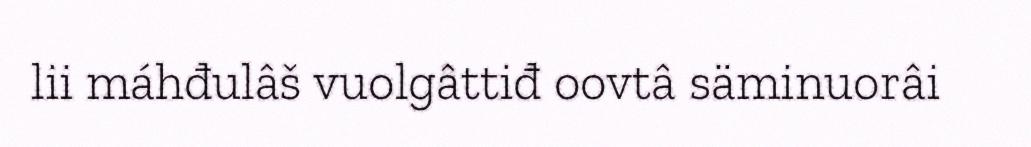
lii máhđulâš vuolgâttiđ oovtâ säminuorâi